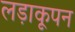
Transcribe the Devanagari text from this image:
लड़ाकूपन